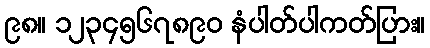
၉၈။ ၁၂၃၄၅၆၇၈၉၀ နံပါတ်ပါကတ်ပြား။